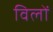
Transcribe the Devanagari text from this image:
विलों